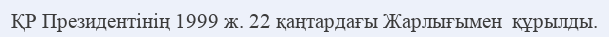
ҚР Президентінің 1999 ж. 22 қаңтардағы Жарлығымен  құрылды.